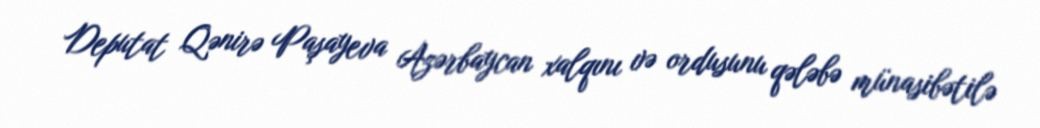
Deputat Qənirə Paşayeva Azərbaycan xalqını və ordusunu qələbə münasibətilə